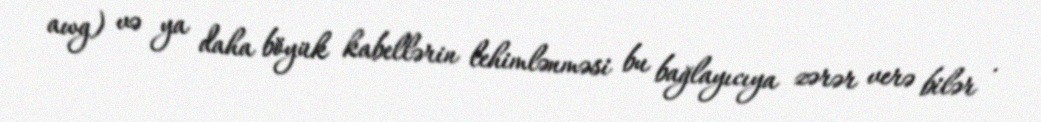
awg) və ya daha böyük kabellərin lehimlənməsi bu bağlayıcıya zərər verə bilər .